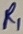
Text: R1